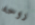
روحه